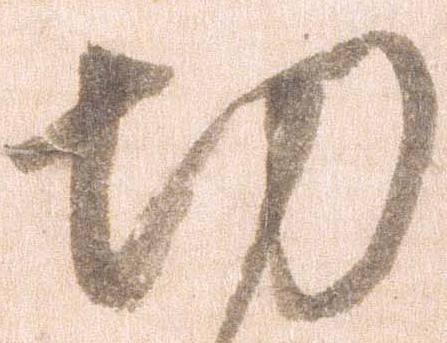
功